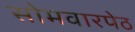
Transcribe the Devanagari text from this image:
सोमवारपेठ